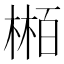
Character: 𬃴